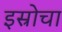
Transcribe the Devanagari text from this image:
इस्रोचा